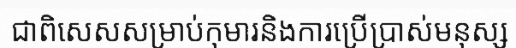
ជាពិសេសសម្រាប់កុមារនិងការប្រើប្រាស់មនុស្ស